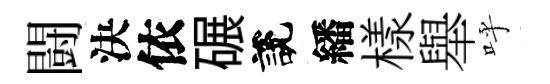
闘決依碾說繙樣舉呼